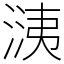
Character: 㴣